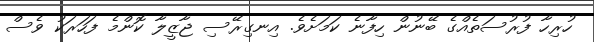
ހުރިހާ ފުރުސަތެއްގެ ބޭނުން ހިފާނެ ކަމަށެވެ. އިނގިރޭސި ޖާޒީލާ ކޮންމެ ފަހަރަކު ވެސް